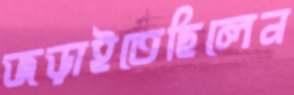
জড়াইতেছিলেন